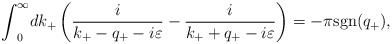
\begin{align*}{\int}^{\infty}_0dk_+\left( \frac{i}{k_+-q_+-i{\varepsilon}}-\frac{i}{k_++q_+-i{\varepsilon}} \right)=-{\pi}{\rm sgn}(q_+), \end{align*}